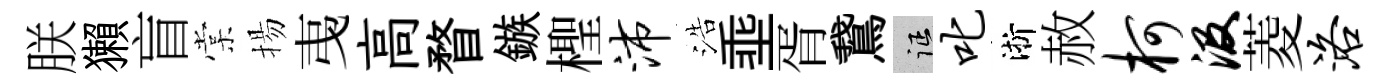
朕獺盲棠揚𢎯高瞀鏃檉沛浩埀胥鵞征叱淅赦柯汲菱洛